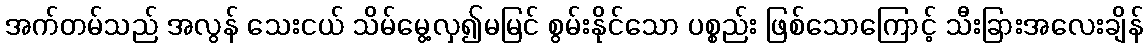
အက်တမ်သည် အလွန် သေးငယ် သိမ်မွေ့လှ၍မမြင် စွမ်းနိုင်သော ပစ္စည်း ဖြစ်သောကြောင့် သီးခြားအလေးချိန်